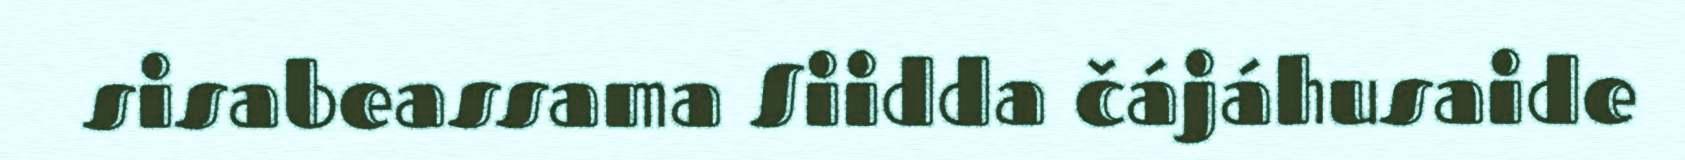
sisabeassama Siidda čájáhusaide